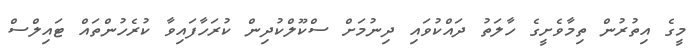
މީގެ އިތުރުން ތިމާވެށީގެ ހާލަތު ދައްކުވައި ދިނުމަށް ސްކޫލްކުދިން ކުރަހާފައިވާ ކުރެހުންތައް ޓައިލްސް